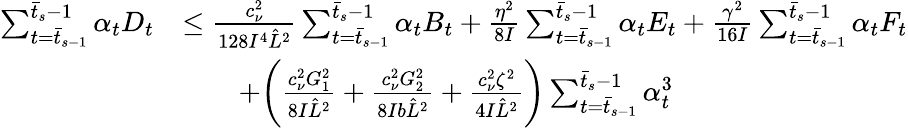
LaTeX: \begin{array}{rl}{\sum_{t=\bar{t}_{s-1}}^{\bar{t}_{s}-1}\alpha_{t}D_{t}}&{\leq\frac{c_{\nu}^{2}}{128I^{4}\hat{L}^{2}}\sum_{t=\bar{t}_{s-1}}^{\bar{t}_{s}-1}\alpha_{t}B_{t}+\frac{\eta^{2}}{8I}\sum_{t=\bar{t}_{s-1}}^{\bar{t}_{s}-1}\alpha_{t}E_{t}+\frac{\gamma^{2}}{16I}\sum_{t=\bar{t}_{s-1}}^{\bar{t}_{s}-1}\alpha_{t}F_{t}}\\ &{\qquad+\bigg(\frac{c_{\nu}^{2}G_{1}^{2}}{8I\hat{L}^{2}}+\frac{c_{\nu}^{2}G_{2}^{2}}{8Ib\hat{L}^{2}}+\frac{c_{\nu}^{2}\zeta^{2}}{4I\hat{L}^{2}}\bigg)\sum_{t=\bar{t}_{s-1}}^{\bar{t}_{s}-1}\alpha_{t}^{3}}\end{array}